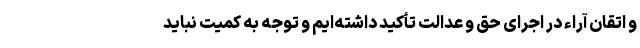
و اتقان آراء در اجرای حق و عدالت تأکید داشته‌ایم و توجه به کمیت نباید